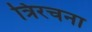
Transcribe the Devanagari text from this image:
त्रिरचना